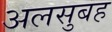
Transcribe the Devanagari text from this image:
अलसुबह